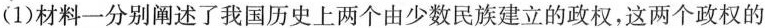
(1)材料一分别阐述了我国历史上两个由少数民族建立的政权，这两个政权的